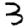
Digit: 3